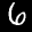
Label: 6